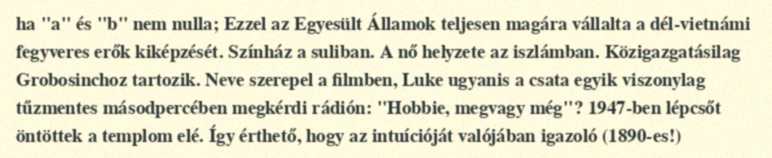
ha "a" és "b" nem nulla; Ezzel az Egyesült Államok teljesen magára vállalta a dél-vietnámi fegyveres erők kiképzését. Színház a suliban. A nő helyzete az iszlámban. Közigazgatásilag Grobosinchoz tartozik. Neve szerepel a filmben, Luke ugyanis a csata egyik viszonylag tűzmentes másodpercében megkérdi rádión: "Hobbie, megvagy még"? 1947-ben lépcsőt öntöttek a templom elé. Így érthető, hogy az intuícióját valójában igazoló (1890-es!)